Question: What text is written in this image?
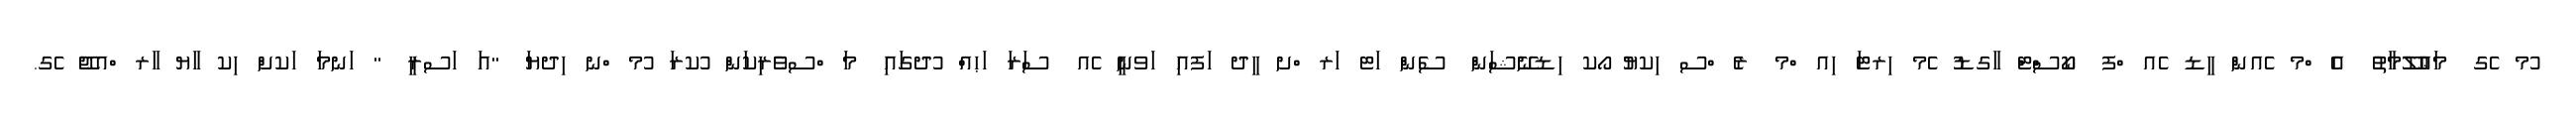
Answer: ުމ ެގ މަޢުލޫމާތު އެ ްމ ެއން ީޑ ެއ ްފ ކޯސްޓް ާގޑު ެމ ިރޓަ ިއ ްމ ރެ ްސ ިކޔު ޯކ ިޑނޭޝަން ސެން ަޓ ަރ ްށ ީދ ަފއި ަވނީ ެއ ސަރަ ަޙއް ުދގައި މަ ްސވެރިކަން ުކރަ ުމ ްނ ިދޔަ "އަ ަސރީ " ަނމަ ަކށް ިކ ާޔ ާރ ްއޖޭ ެގ.